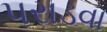
પરાડવા